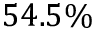
5 4 . 5 \%